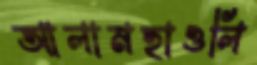
আলামহাওলি